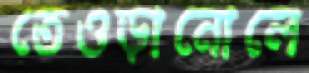
তেওড়ানোলে